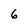
Character: 6